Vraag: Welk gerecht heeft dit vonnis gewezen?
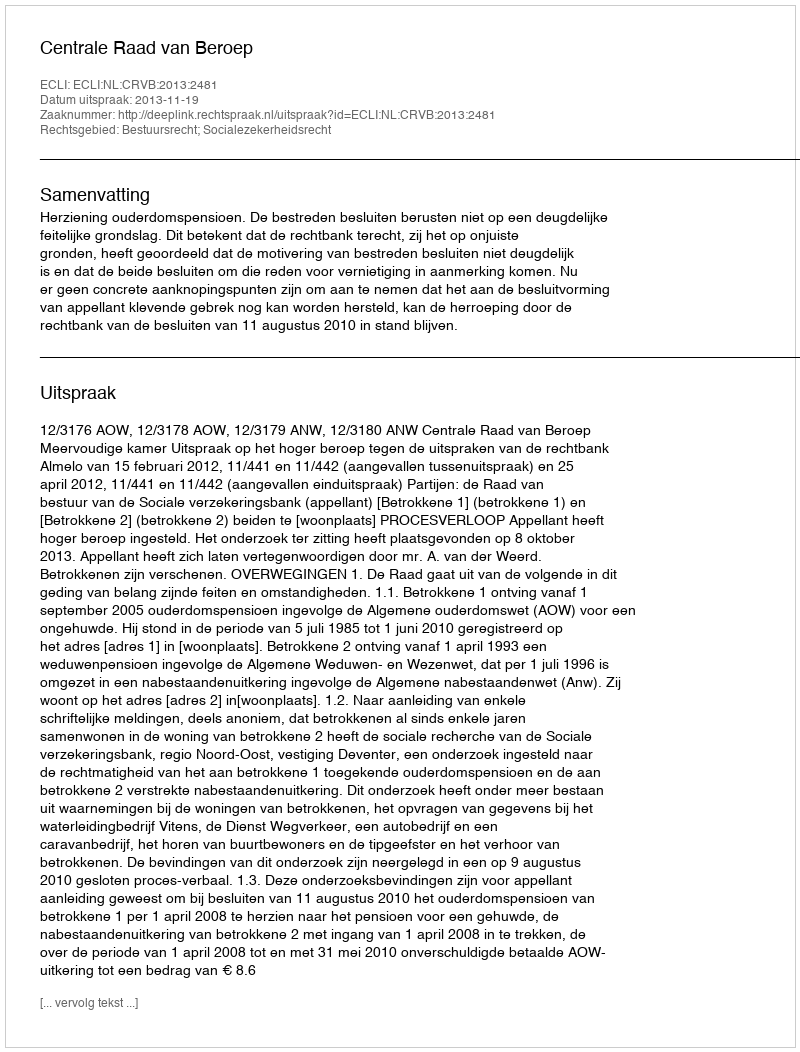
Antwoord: Centrale Raad van Beroep